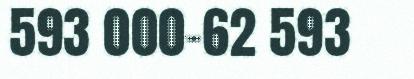
593 000-62 593